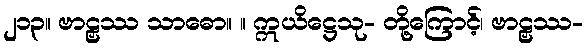
၂၁၃။ ဗာဠှဿ သာဓော။ ။ ဣယိဋ္ဌေသု- တို့ကြောင့်၊ ဗာဠှဿ-